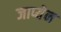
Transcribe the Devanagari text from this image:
जाप्येन